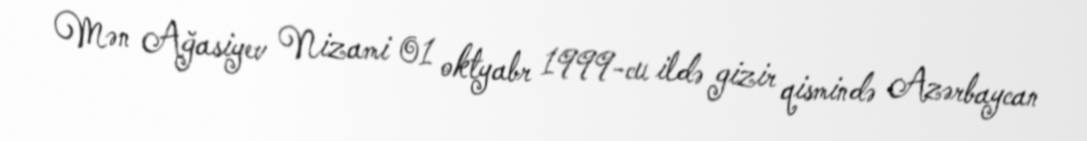
Mən Ağasiyev Nizami 01 oktyabr 1999-cu ildə gizir qismində Azərbaycan